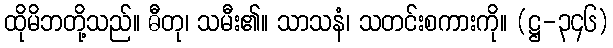
ထိုမိဘတို့သည်။ ဓီတု၊ သမီး၏။ သာသနံ၊ သတင်းစကားကို။ (ဋ္ဌ-၃၄၆)